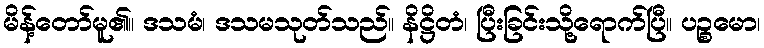
မိန့်တော်မူ၏။ ဒသမံ၊ ဒသမသုတ်သည်။ နိဋ္ဌိတံ၊ ပြီးခြင်းသို့ရောက်ပြီ။ ပဉ္စမော၊